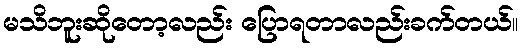
မသိဘူးဆိုတော့လည်း ပြောရတာလည်းခက်တယ်။